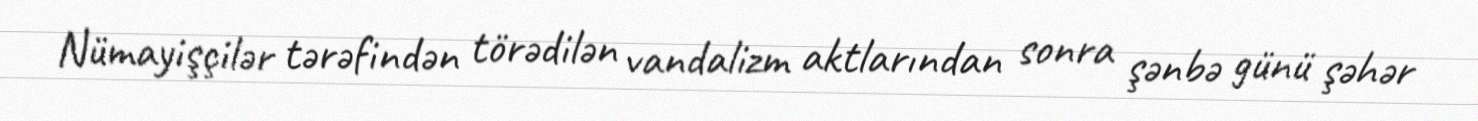
Nümayişçilər tərəfindən törədilən vandalizm aktlarından sonra şənbə günü şəhər